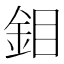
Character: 鉬